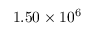
1 . 5 0 \times 1 0 ^ { 6 }